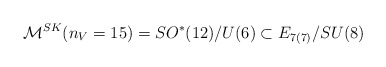
\begin{align*}{\cal M}^{SK}(n_V=15)=SO^*(12)/U(6)\subset E_{7(7)}/SU(8)\end{align*}